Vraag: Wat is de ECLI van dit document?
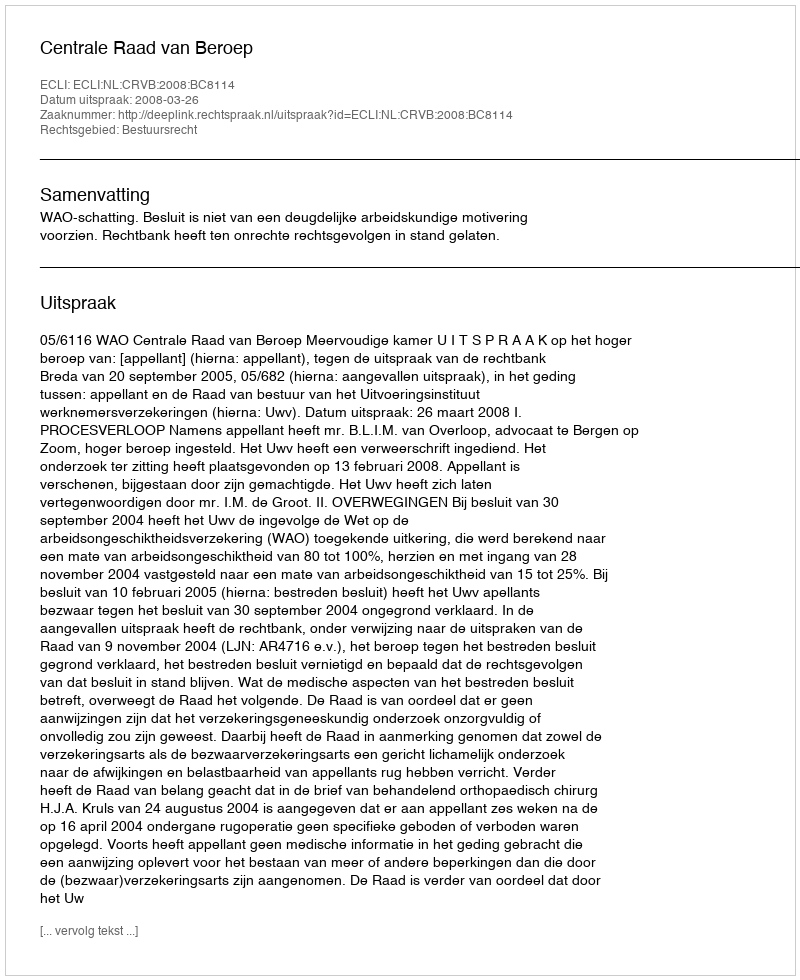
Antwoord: ECLI:NL:CRVB:2008:BC8114